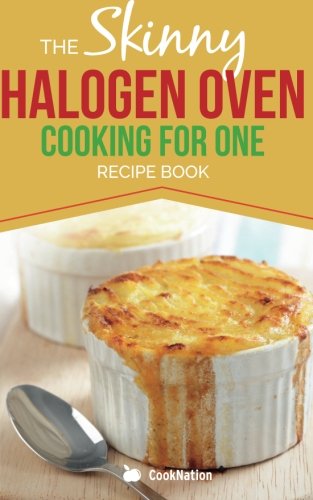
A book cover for Skinny Halogen Oven Cooking For One: Single Serving, Healthy, Low Calorie Halogen Oven Recipes Under 200, 300 and 400 Calories; CookNation; Cookbooks, Food & Wine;